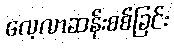
လေ့လာဆန်းစစ်ခြင်း